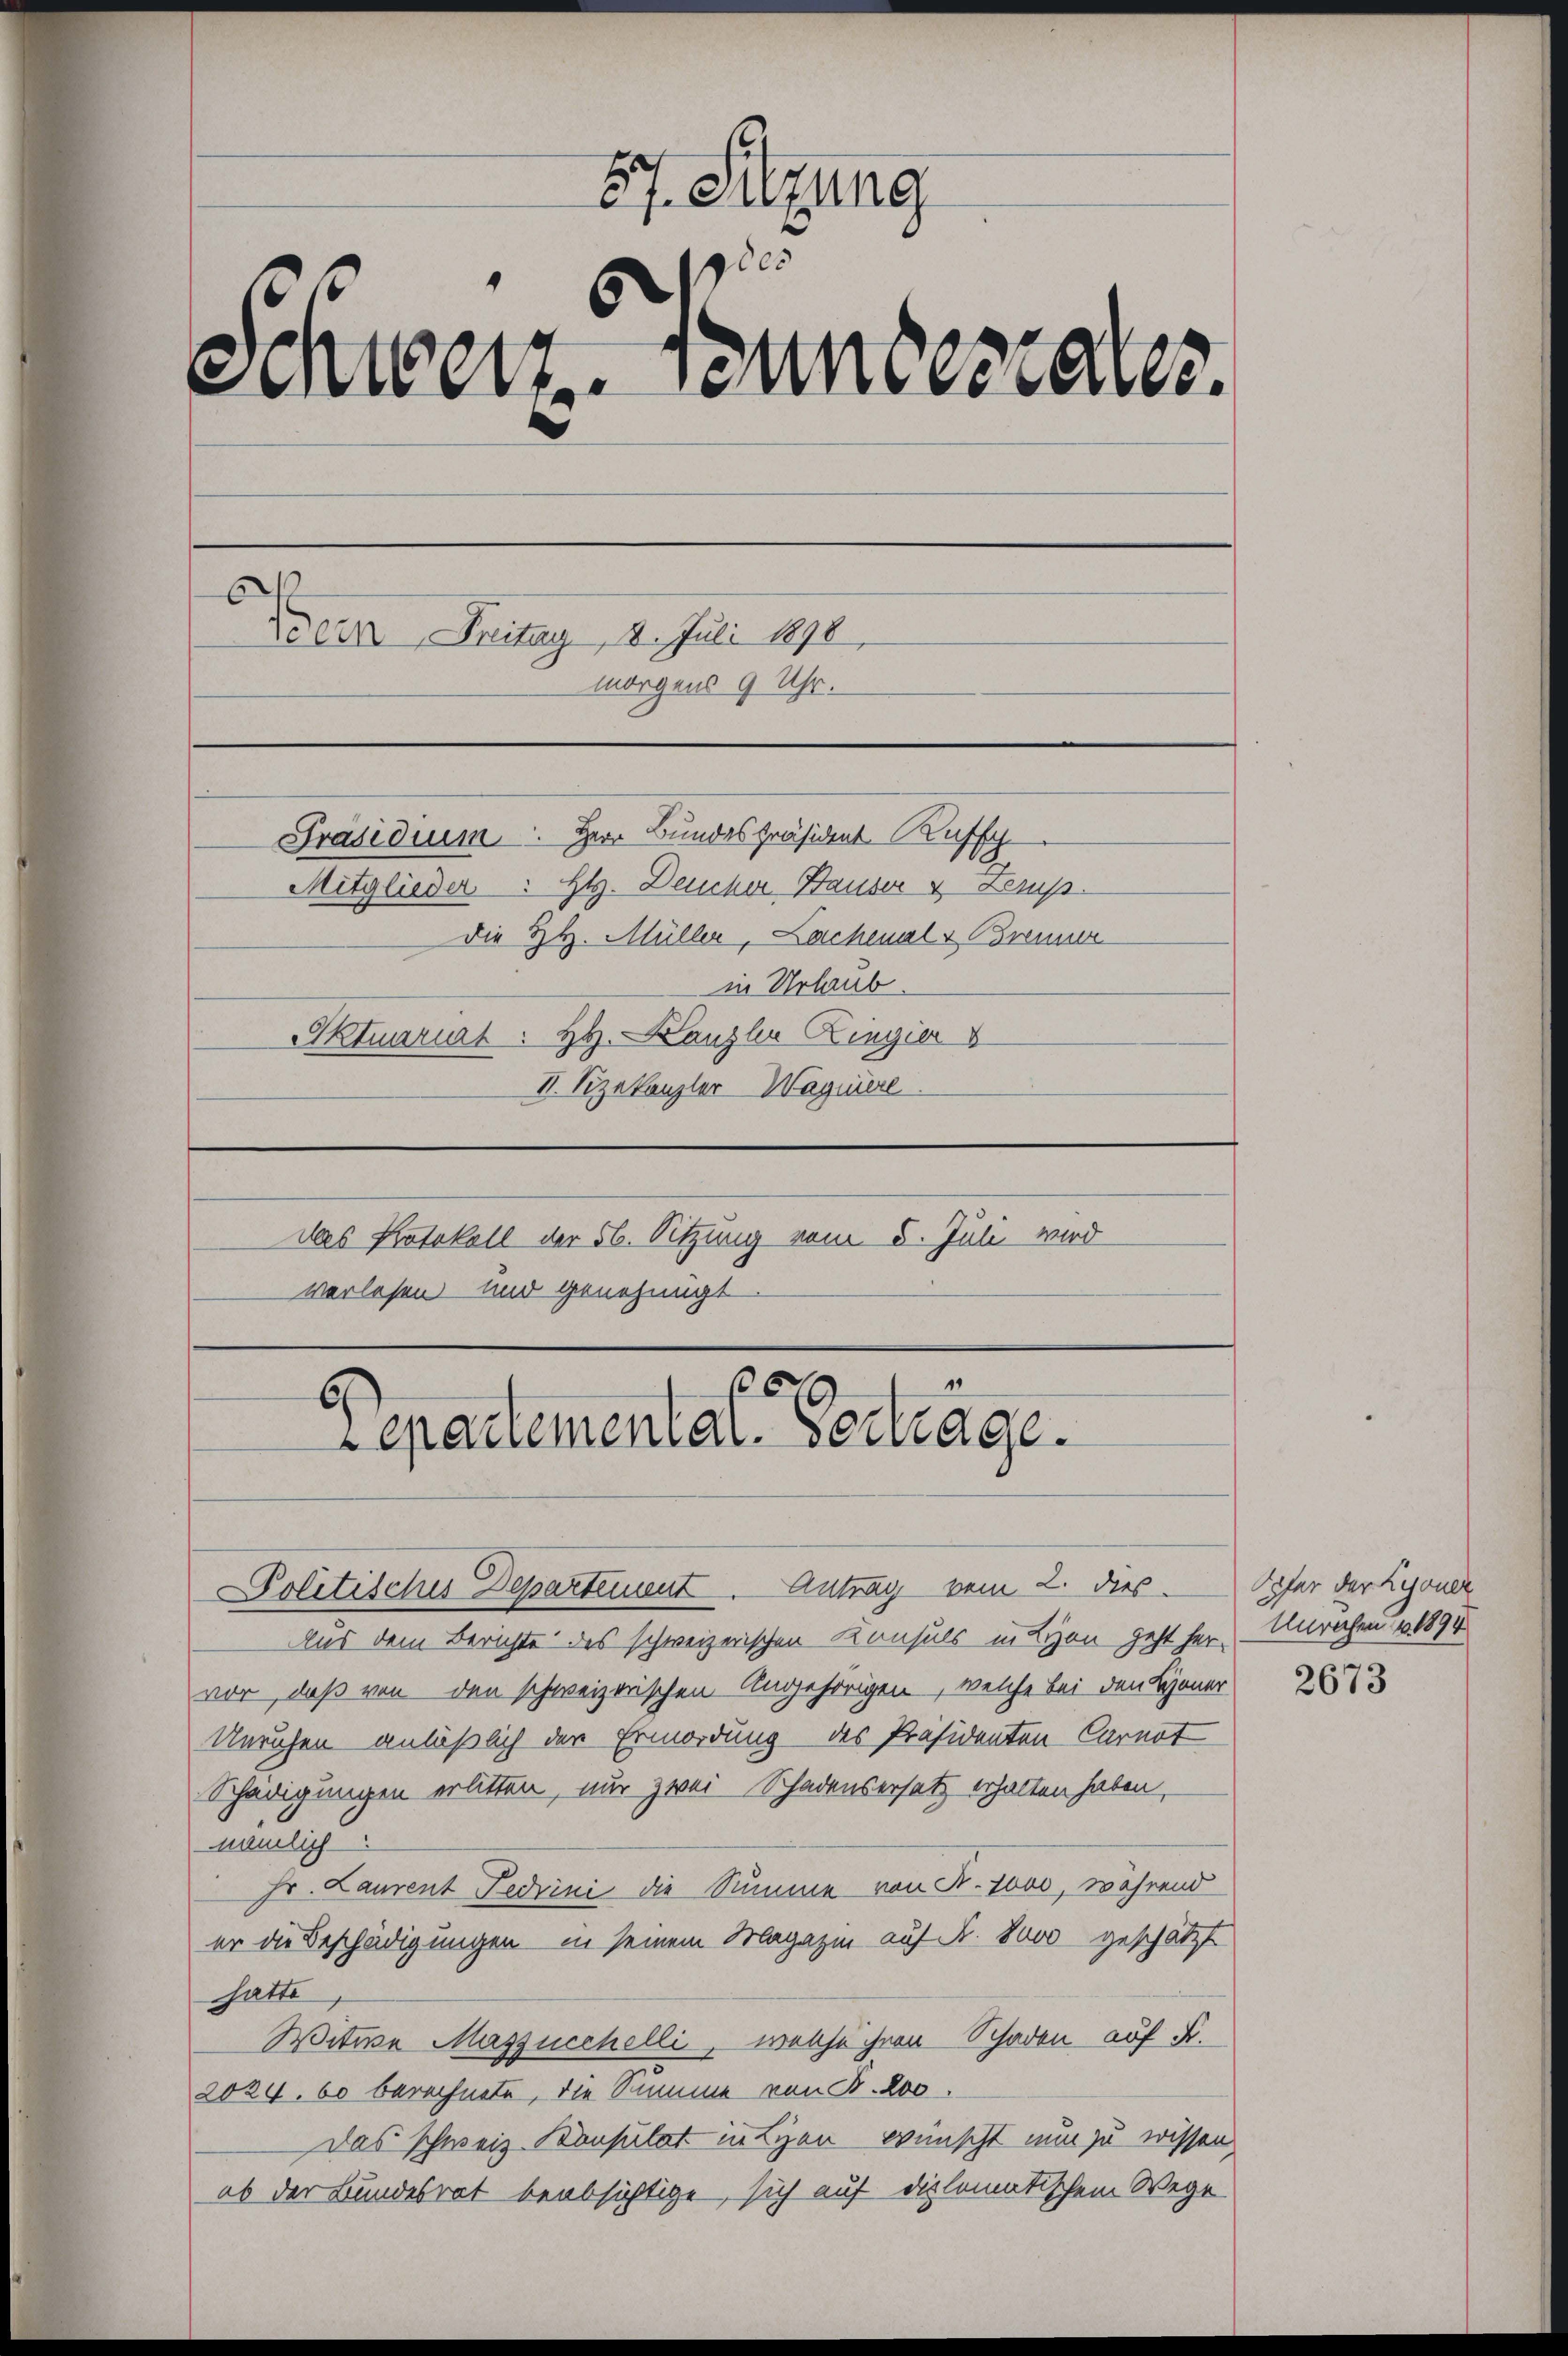
57. Sitzung
5
Schweiz. Jennerrates.
e
6
do ein Fritag 8. Juli 1890
morgens 9 Uhr.
Präsidium. Herr Bundespräsident Kuff
Mitglieder: H. Deucher Bauser & Kemp
Die HH. Müller, Lachenal v. Brenner
in Urlaub.
Aktuariat: Hr. Kanzler Zingier
II. Vizekanzler-Haginiere
Das Kotokoll der 56. Sitzung vom 5. Juli wird
verlesen und genehmigt

1
5
6
epartementat. Vertrage.

Politisches Departement. Antrag vom 2. dies
Aus dem Berichte des schweizerischen Konsuls in Lyon geht her, Unrechen u 1894
vor, daß von den schweizerischen Angehörigen, welche bei den Boner
Unruhen anläßlich der Ermordung des Präsidenten Carnot
Schädigungen erlitten, nur zwei Schadensersatz erhalten haben,
nämlich
Hr. Laurent Fedrini die Summe von A. 1000, während
er die Beschädigungen in seinem Magazin auf Fr. 8000 geschätzt
hatte
Witwe Maszucchelli, welche ihren Schaden auf Fr.
2024. 60 berechnete, die Summe von B. 200.
Das schweiz. Konsulat intien wünscht nun zu wissen,
ob der Bundesrat beabsichtige, sich auf diplomatischem Wege

Sofer der Lyoner

2673